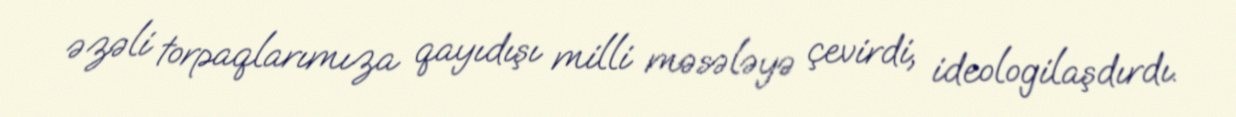
əzəli torpaqlarımıza qayıdışı milli məsələyə çevirdi, ideologilaşdırdı.